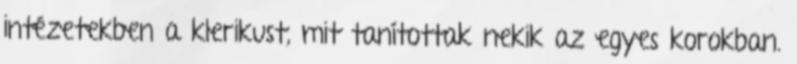
intézetekben a klerikust, mit tanítottak nekik az egyes korokban.